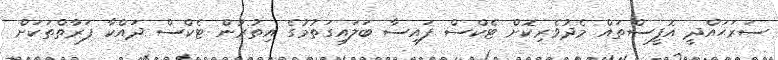
ސަރަޙައްދީ އޮފީސްތައް މެދުވެރިކޮށް ޓެކްސް ފައިސާ ބަލައިގަތުމުގެ އިތުރުން ޓެކްސް ދައްކާ ފަރާތްތަކަށް